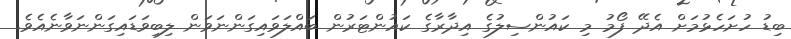
ބިޑު ހުށަހެޅުމަށް އެދޭ ފޯމު މި ކައުންސިލުގެ އިދާރާގެ ކައުންޓަރުން ބައްލަވައިގަންނަވަން ލިބިވަޑައިގަންނަވާނެއެވެ.